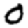
Digit: 0